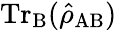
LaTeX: \mathrm{Tr}_{\mathrm{B}}(\hat{\rho}_{\mathrm{AB}})